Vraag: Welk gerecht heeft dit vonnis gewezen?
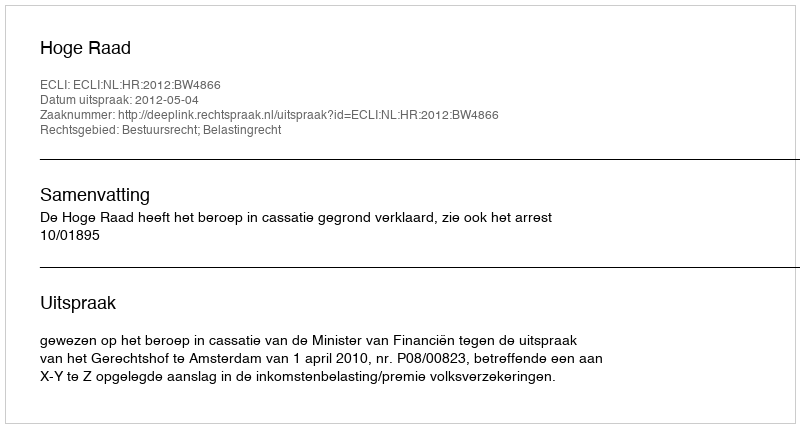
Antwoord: Hoge Raad